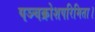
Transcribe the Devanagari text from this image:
पञ्चक्रोशपरिमिता।